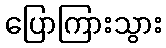
ပြောကြားသွား